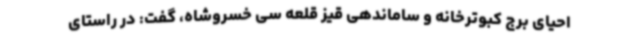
احیای برج کبوترخانه و ساماندهی قیز قلعه سی خسروشاه، گفت: در راستای